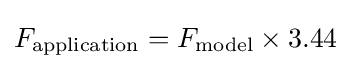
F_{\text{application}}=F_{\text{model}}\times 3.44